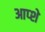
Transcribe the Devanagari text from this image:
आप्शे